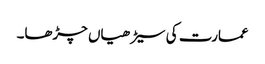
عمارت کی سیڑھیاں چڑھا۔